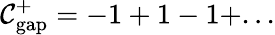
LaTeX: {\cal C}_{\mathrm{{gap}}}^{+}=-1+1-1+...